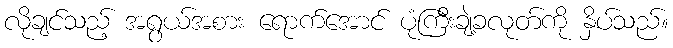
လိုချင်သည့် အရွယ်အစား ရောက်အောင် ပုံကြီးချဲ့ခလုတ်ကို နှိပ်သည်။